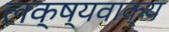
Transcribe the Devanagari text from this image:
लक्ष्यवाक्य